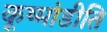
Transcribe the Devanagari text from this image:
कूष्मांडीति